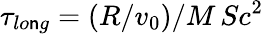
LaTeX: \tau_{lo\mathsf{n}g}=(R/v_{0})/M\, Sc^{2}